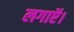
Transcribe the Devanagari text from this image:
लगाऍ।